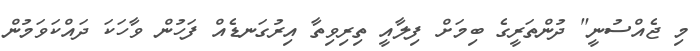
މި ޖެއްސުނީ" ދުންތަރީގެ ބިމަށް ފިލާއީ ތިރިވިތާ އިރުގަނޑެއް ފަހުން ވާހަކަ ދައްކަވަމުން